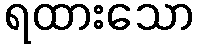
ရထားသော